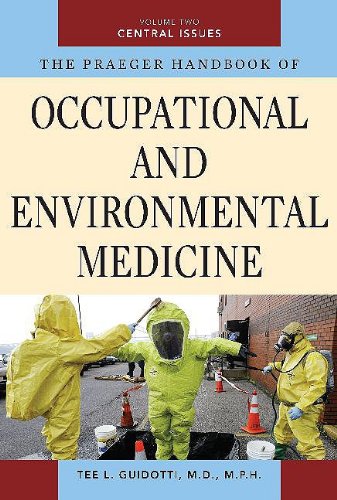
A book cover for The Praeger Handbook of Occupational and Environmental Medicine: Volume 2, Central Issues; Tee L. Guidotti; Health, Fitness & Dieting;